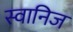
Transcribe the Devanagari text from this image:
स्वानिज